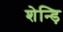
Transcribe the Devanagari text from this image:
शेन्ड़ि